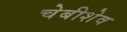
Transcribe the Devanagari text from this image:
चेबीशेव